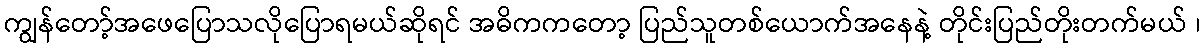
ကျွန်တော့်အဖေပြောသလိုပြောရမယ်ဆိုရင် အဓိကကတော့ ပြည်သူတစ်ယောက်အနေနဲ့ တိုင်းပြည်တိုးတက်မယ် ၊